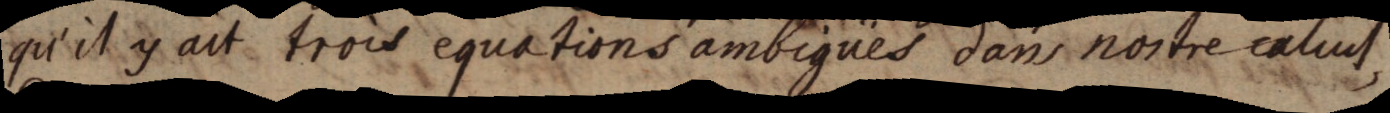
qu’il y ait trois equations ambigües dans nostre calcul,